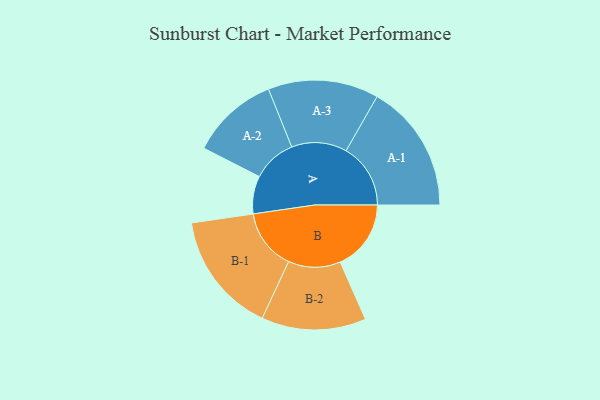
{"axis": {"x": "Segment", "y": "Value"}, "legend": ["", "A", "B"], "data": [{"x": "A", "y": 173, "type": ""}, {"x": "B", "y": 324, "type": ""}, {"x": "A-1", "y": 295, "type": "A"}, {"x": "A-2", "y": 201, "type": "A"}, {"x": "A-3", "y": 253, "type": "A"}, {"x": "B-1", "y": 278, "type": "B"}, {"x": "B-2", "y": 239, "type": "B"}]}